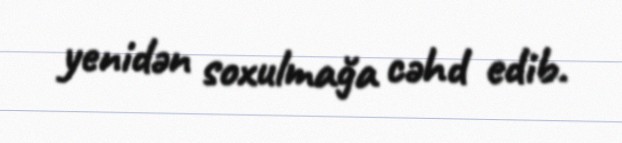
yenidən soxulmağa cəhd edib.